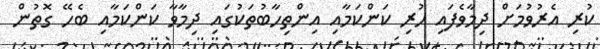
ކުރި އެރުވުމަށް ދިމާވެފައި ހުރި ކަންކަމާއި އިންތިހާބުތަކުގައި ދިމާވާ ކަންކަމާއި ބެހޭ ގޮތުން